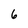
Character: 6